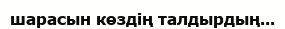
шарасын көздің талдырдың...